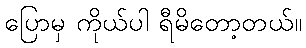
ပြောမှ ကိုယ်ပါ ရီမိတော့တယ်။